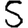
Digit: 5